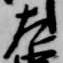
左